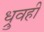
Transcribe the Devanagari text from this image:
ध्रुवही